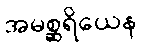
အမစ္ဆရိယေန